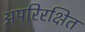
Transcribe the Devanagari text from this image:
अपरिरक्षित